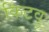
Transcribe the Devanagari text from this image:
किटवु